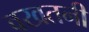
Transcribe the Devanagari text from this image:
वखतनी